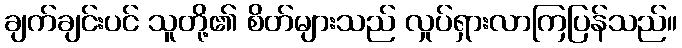
ချက်ချင်းပင် သူတို့၏ စိတ်များသည် လှုပ်ရှားလာကြပြန်သည်။